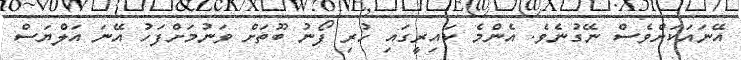
އޭނައަކަށްވެސް ނޭގުނެވެ. އެންމެ ކައިރީގައި ހުރި ފޯނު ބޫތަށް ވަނުމަށްފަހު އޭނަ އަލްޔަސް